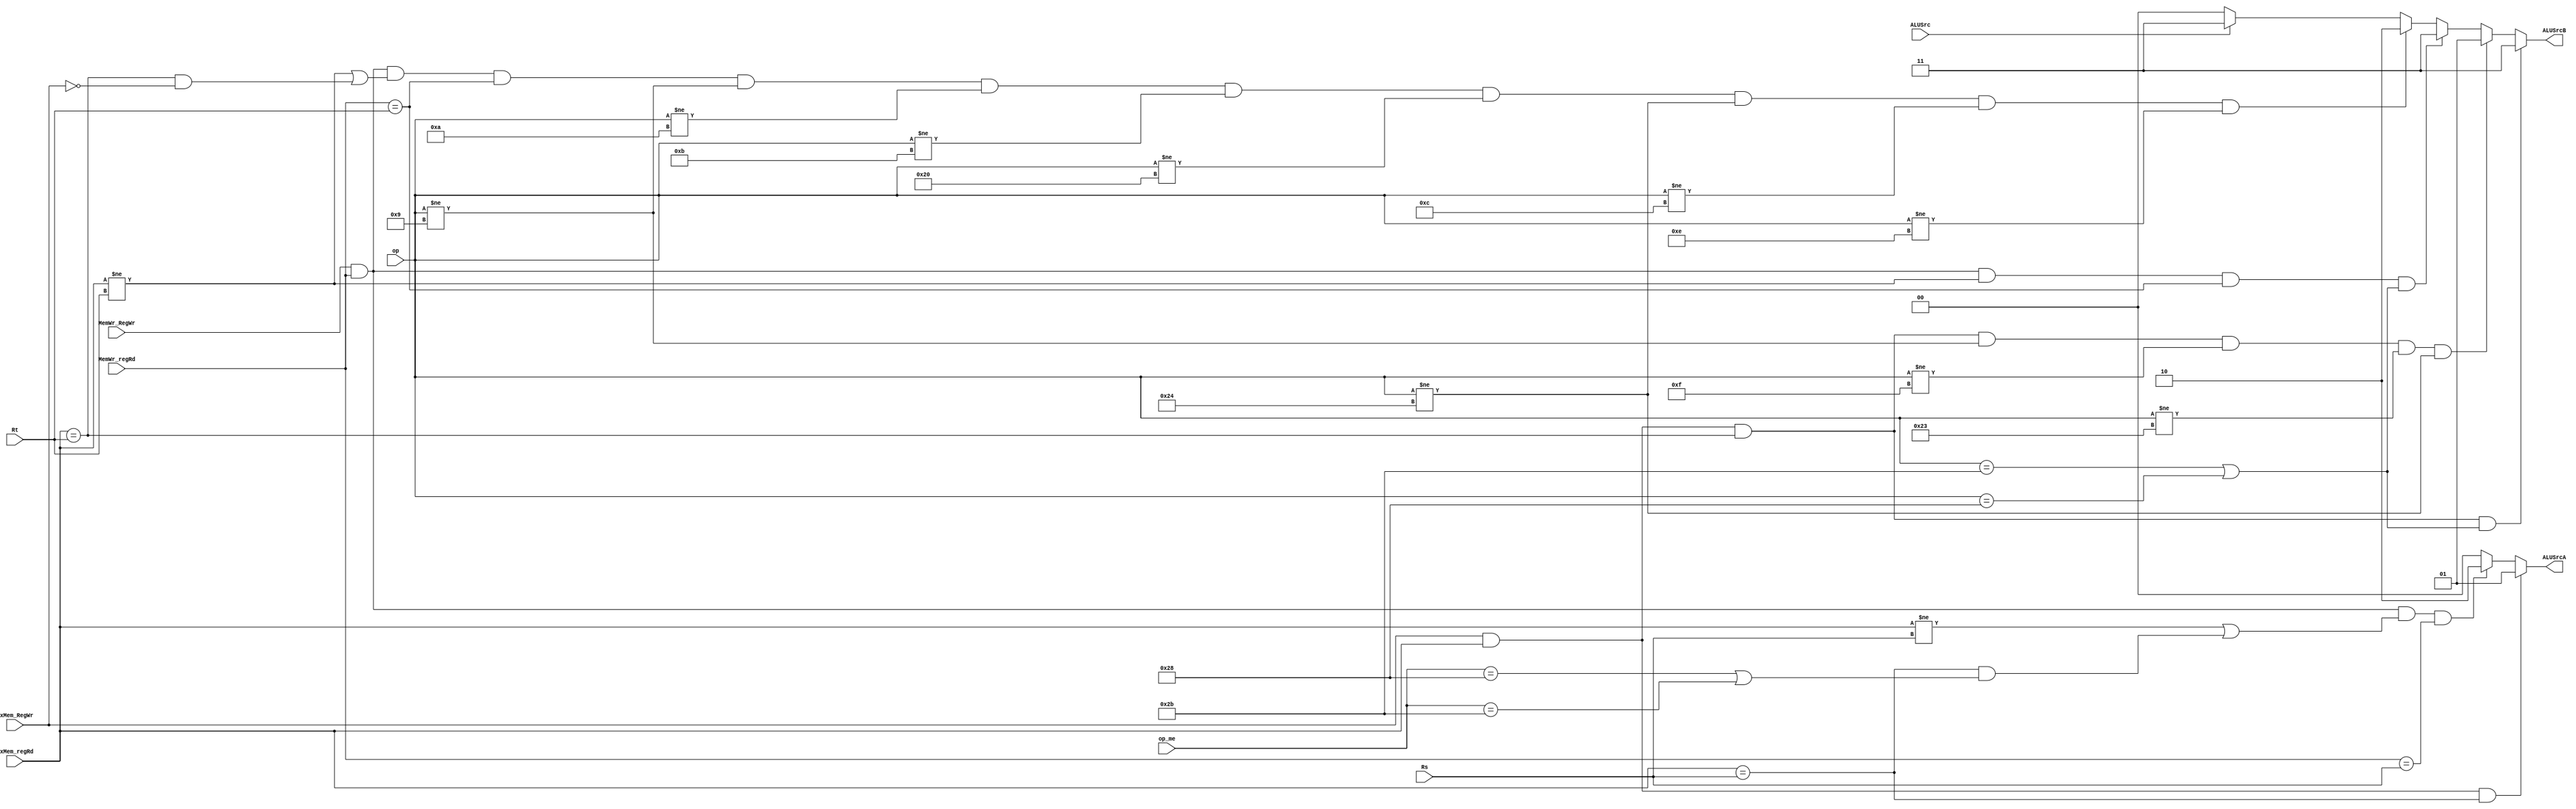
module ByPass(input [5:0] op,   //op_ex           //add 1 1 2 add 1 1 3 add 1 1 4  /  add 1 1 2   addiu 1 imm16  addiu  1 imm16
  input [5:0] op_me,       //op_me
  input ExMem_RegWr,                                 //busA_ex,Result_me, Di
input ALUSrc,
input MemWr_RegWr,
input[4:0] ExMem_regRd,
input [4:0] MemWr_regRd,
input [4:0] Rs,        
input [4:0] Rt,
output reg [1:0] ALUSrcA,
output reg [1:0] ALUSrcB
);



always @(*)
begin
if(ExMem_RegWr&&ExMem_regRd&&(ExMem_regRd==Rs))  //
    ALUSrcA=2'b01;           //Result_me                                 //last instruction is sw or sb  the third inst register use the first inst ending register
    else if(MemWr_RegWr&&MemWr_regRd&&(ExMem_regRd!=Rs|(ExMem_regRd==Rs&&(op_me==6'b101000|op_me==6'b101011)))&&(MemWr_regRd==Rs))
      ALUSrcA=2'b10;           //      Di      
    else ALUSrcA=2'b00; //busA_ex

  if(ExMem_RegWr&&ExMem_regRd&&(ExMem_regRd==Rt)&&(op==6'b101011|op==6'b101000))
    ALUSrcB=2'b11;//imm32_ex
 else if(ExMem_RegWr&&ExMem_regRd&&(ExMem_regRd==Rt)&&(op!=6'b001001)&&(op!=6'b001111)&&(op!=6'b100011)&&(op!=6'b100100))//addiu,lui,lw,lbu not included
    ALUSrcB=2'b01;//Result_me
    else if(MemWr_RegWr&&MemWr_regRd&&(ExMem_regRd!=Rt)&&(MemWr_regRd==Rt)&&(op==6'b101011|op==6'b101000))
    ALUSrcB=2'b11;//imm32_ex
    else if(MemWr_RegWr&&MemWr_regRd&&(ExMem_regRd!=Rt|(ExMem_regRd==Rt&&ExMem_RegWr==0))&&(MemWr_regRd==Rt)&&(op!=6'b001001)&&(op!=6'b001010)&&(op!=6'b001011)&&(op!=6'b100000)&&(op!=6'b100100)&&(op!=6'b001100)&&(op!=6'b001110))     //addiusltisltiu, lb,lbu,addi,xori not included
    ALUSrcB=2'b10;//Di
    else if(ALUSrc)
    ALUSrcB=2'b11;//imm32_ex
    else ALUSrcB=2'b00;//busB_ex
end

endmodule